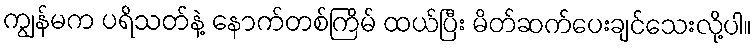
ကျွန်မက ပရိသတ်နဲ့ နောက်တစ်ကြိမ် ထယ်ပြီး မိတ်ဆက်ပေးချင်သေးလို့ပါ။